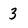
Character: 3